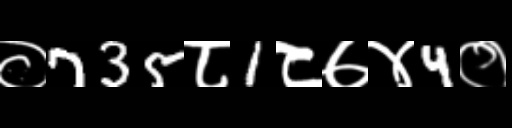
Text: ०735८1८७४4०